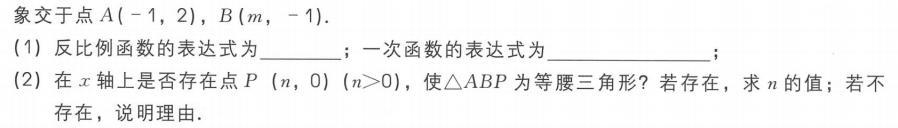
象交于点\(A(-1,2)\)，\(B(m,-1)\).
(1) 反比例函数的表达式为  ；一次函数的表达式为  ；
(2) 在\(x\)轴上是否存在点\(P\ (n,0)\ (n > 0)\)，使\(\triangle ABP\)为等腰三角形？若存在，求\(n\)的值；若不
存在，说明理由.